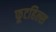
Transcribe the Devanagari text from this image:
फूटहिल्स